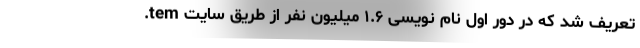
تعریف شد که در دور اول نام نویسی ۱.۶ میلیون نفر از طریق سایت tem.